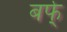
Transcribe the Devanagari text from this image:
बर्फ्